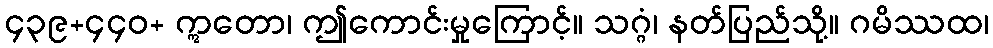
၄၃၉+၄၄၀+ ဣတော၊ ဤကောင်းမှုကြောင့်။ သဂ္ဂံ၊ နတ်ပြည်သို့။ ဂမိဿထ၊